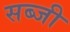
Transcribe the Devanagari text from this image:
सब्‍जी